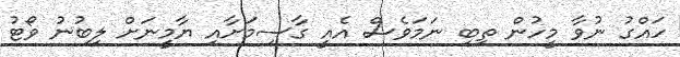
ހައްގު ނުވާ މީހުން ތިބި ނަމަވެސް އެއީ ގާސިމަށާއި ޔާމީނަށް ލިބުނު ވޯޓު